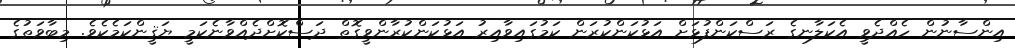
އިންސާނުން ހެއްދެވީ އެކަލާނގެ ރަސްކަންފުޅަށް އަޅުކަންކުރަން ކަމުގައިވާއިރު އަޅުކަންކުރާންވީގޮތް ދަސްކޮށްދެއްވާނެކަމީ ޔަޤީންކަމެކެވެ. މިބާވަތުގެ